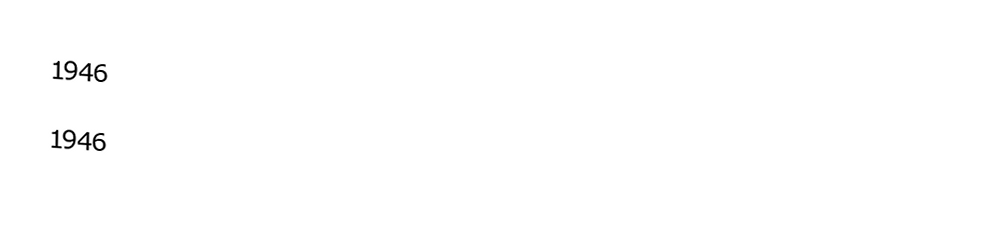
1946

1946